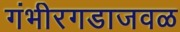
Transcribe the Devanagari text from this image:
गंभीरगडाजवळ